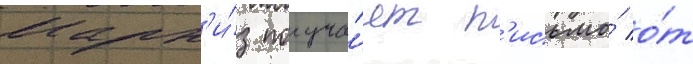
Марк'и́з получа́ет п'исьмо́ о́т